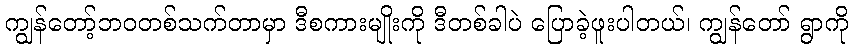
ကျွန်တော့်ဘဝတစ်သက်တာမှာ ဒီစကားမျိုးကို ဒီတစ်ခါပဲ ပြောခဲ့ဖူးပါတယ်၊ ကျွန်တော် ရွာကို